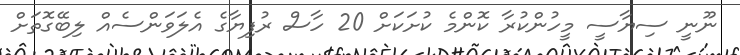
ނޫނީ ސިޔާސީ މީހުންކުރާ ކޮންމެ ކުށަކަށް 20 ހާސް ރުފިޔާގެ އެލަވަންސެއް ލިބޭގޮތަށް